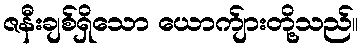
ဇနီးချစ်ရှိသော ယောက်ျားတို့သည်။